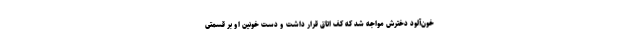
خون‌آلود دخترش مواجه شد که کف اتاق قرار داشت و دست خونین او بر قسمتی